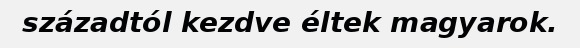
századtól kezdve éltek magyarok.